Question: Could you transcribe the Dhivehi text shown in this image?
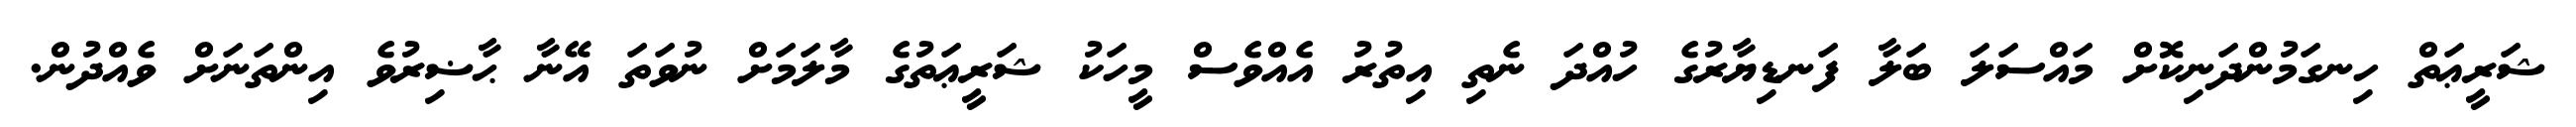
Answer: ޝަރީޢަތް ހިނގަމުންދަނިކޮށް މައްސަލަ ބަލާ ފަނޑިޔާރުގެ ހުއްދަ ނެތި އިތުރު އެއްވެސް މީހަކު ޝަރީޢަތުގެ މާލަމަށް ނުވަތަ އޭނާ ޙާޟިރުވެ އިންތަނަށް ވެއްދުން.